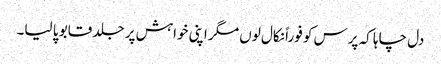
دل چاہا کہ پرس کو فوراً نکال لوں مگر اپنی خواہش پر جلد قابو پا لیا۔